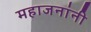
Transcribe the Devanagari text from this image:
महाजनांनी